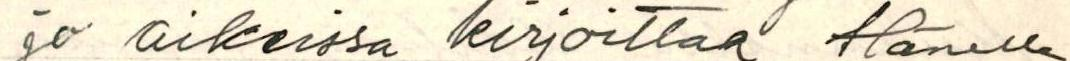
jo aikeissa kirjoittaa Hänelle